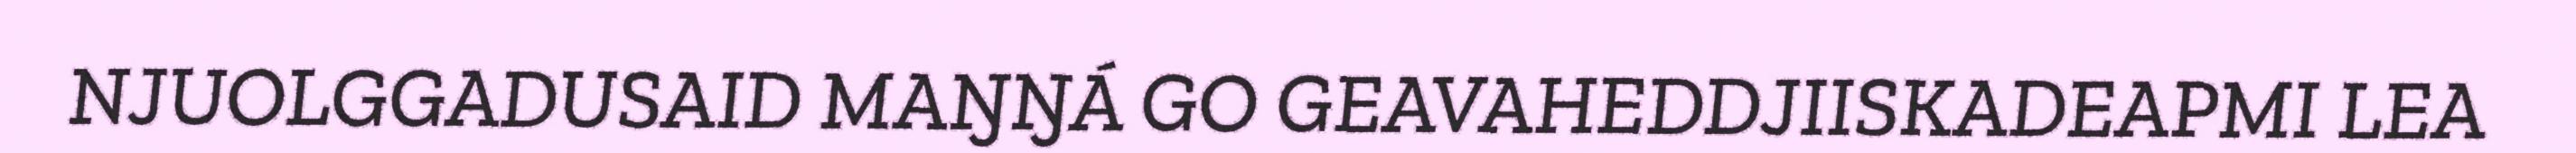
NJUOLGGADUSAID MAŊŊÁ GO GEAVAHEDDJIISKADEAPMI LEA